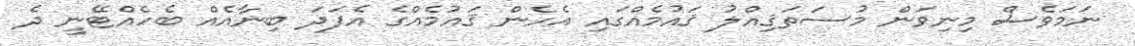
ނަމަވެސް މިނިވަން މުސަތަޤިއްލު ޤައުމެއްގައި އެހެން ޤައުމެއްގެ އެފަދަ ބިނާއެއް ބެހެއްޓޭނީ ދެ